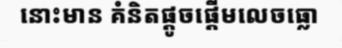
នោះមាន គំនិតផ្តូចផ្តើមលេចធ្លោ